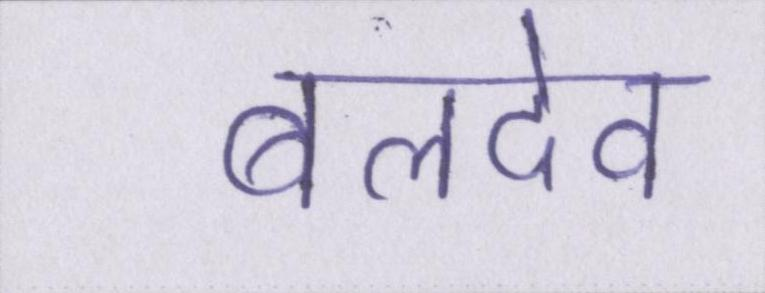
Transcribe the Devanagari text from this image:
बलदेव